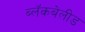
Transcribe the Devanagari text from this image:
ब्लॅकबेलीड